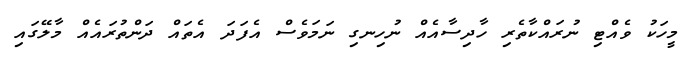
މީހަކު ވެއްޓި ނުރައްކާތެރި ހާދިސާއެއް ނުހިނގި ނަމަވެސް އެފަދަ އެތައް ދަންތުރައެއް މާލޭގައި